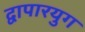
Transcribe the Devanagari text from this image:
द्वापारयुग